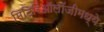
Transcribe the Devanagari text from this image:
मिटिरिऑलॉजीमध्ये